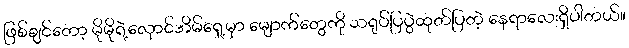
ဖြစ်ချင်တော့ မိုမိုရဲ့လှောင်အိမ်ရှေ့မှာ မျောက်တွေကို သရုပ်ပြပွဲထုတ်ပြတဲ့ နေရာလေးရှိပါတယ်။